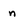
Character: n